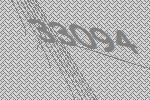
33094